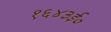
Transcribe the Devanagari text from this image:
१६४३ई०